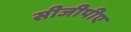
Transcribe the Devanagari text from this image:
सीजीपीए